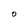
Character: O